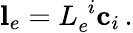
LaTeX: \mathbf{l}_{e}=L_{e}^{\phantom{e}i}\mathbf{c}_{i}\, .